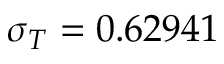
\sigma _ { T } = 0 . 6 2 9 4 1